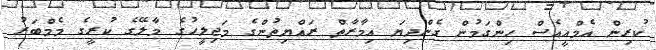
ކުރިން އެމްއީއެސް ހިންގަމުން ގެންދިޔަ އިމާރާތް ރައްޔިތުންގެ މަޖިލީހުގެ މާލޭގެ ކުރީގެ މެމްބަރު